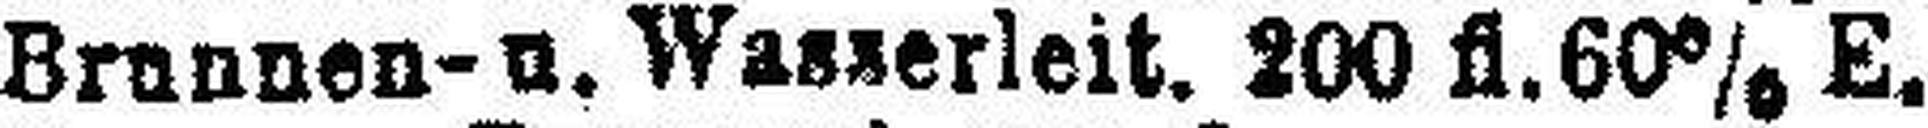
Brannen- u. Wasserleit. 200 fl. 60% E.